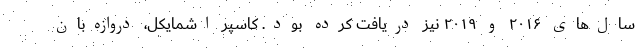
سال‌های ۲۰۱۶ و ۲۰۱۹ نیز دریافت کرده بود. کاسپر اشمایکل، دروازه‌بان